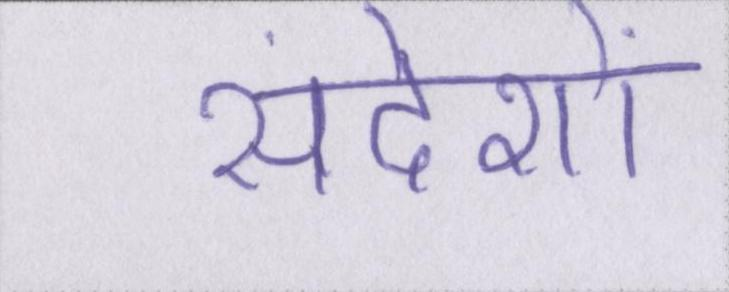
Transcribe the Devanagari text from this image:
संदेशों